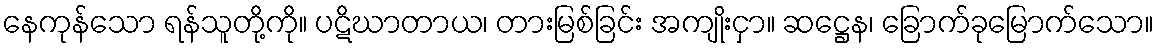
နေကုန်သော ရန်သူတို့ကို။ ပဋိဃာတာယ၊ တားမြစ်ခြင်း အကျိုးငှာ။ ဆဋ္ဌေန၊ ခြောက်ခုမြောက်သော။